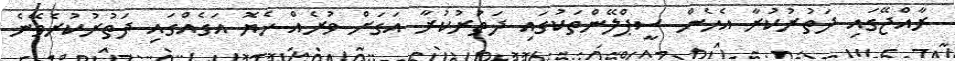
ރާއްޖޭގައި ދަތުރުކުރާ އެހެން ސީޕްލޭންތަކުގައި ދަތުރުކުރާ އަގަށް ވުރެއް ހެޔޮ އަގެއްގައި ދަތުރުކުރެވޭނެ